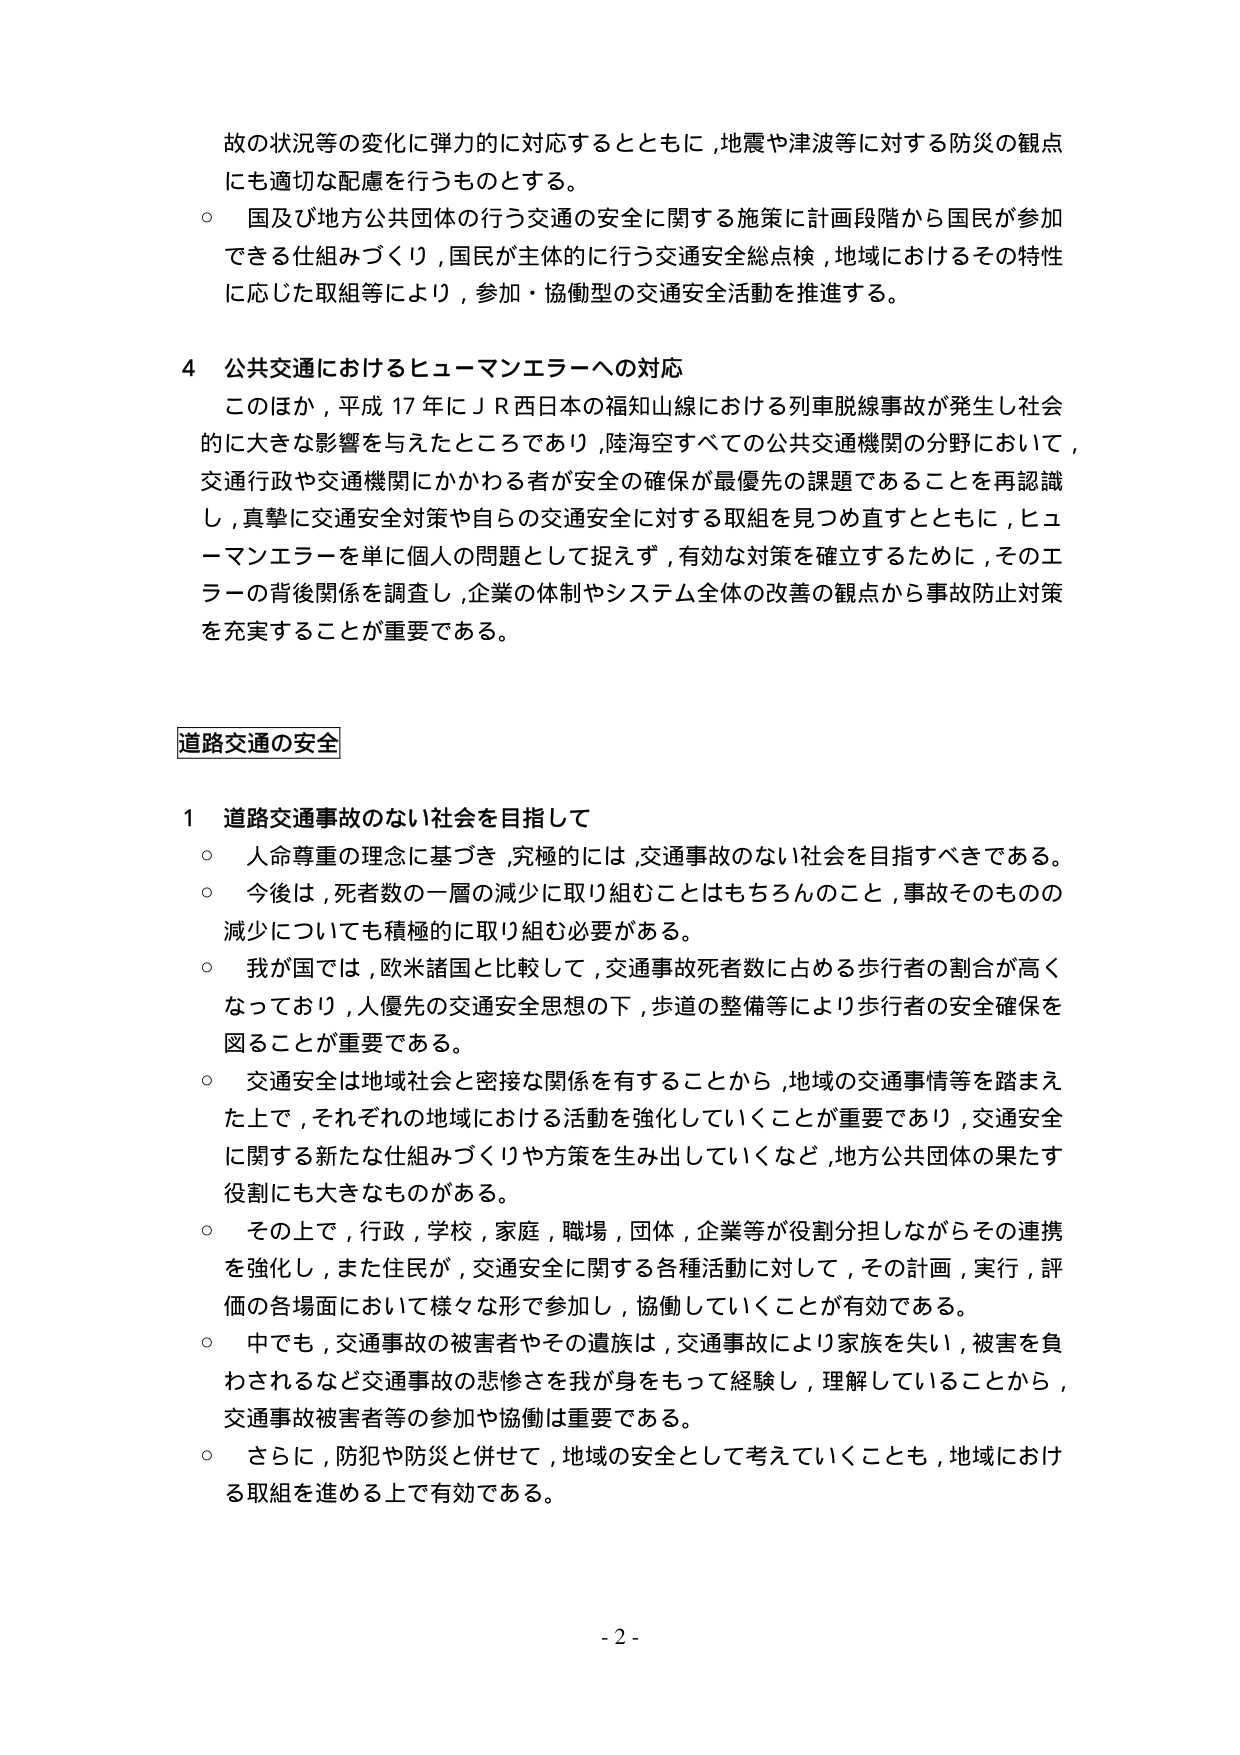
故の状況等の変化に弾力的に対応するとともに，地震や津波等に対する防災の観点にも適切な配慮を行うものとする。

○ 国及び地方公共団体の行う交通の安全に関する施策に計画段階から国民が参加できる仕組みづくり，国民が主体的に行う交通安全総点検，地域におけるその特性に応じた取組等により，参加・協働型の交通安全活動を推進する。

4 公共交通におけるヒューマンエラーへの対応

このほか，平成17年にＪＲ西日本の福知山線における列車脱線事故が発生し社会的に大きな影響を与えたところであり，陸海空すべての公共交通機関の分野において，交通行政や交通機関にかかわる者が安全の確保が最優先の課題であることを再認識し，真摯に交通安全対策や自らの交通安全に対する取組を見つめ直すとともに，ヒューマンエラーを単に個人の問題として捉えず，有効な対策を確立するために，そのエラーの背後関係を調査し，企業の体制やシステム全体の改善の観点から事故防止対策を充実することが重要である。

道路交通の安全

1 道路交通事故のない社会を目指して

○ 人命尊重の理念に基づき，究極的には，交通事故のない社会を目指すべきである。

○ 今後は，死者数の一層の減少に取り組むことはもちろんのこと，事故そのものの減少についても積極的に取り組む必要がある。

○ 我が国では，欧米諸国と比較して，交通事故死者数に占める歩行者の割合が高くなっており，人優先の交通安全思想の下，歩道の整備等により歩行者の安全確保を図ることが重要である。

○ 交通安全は地域社会と密接な関係を有することから，地域の交通事情等を踏まえた上で，それぞれの地域における活動を強化していくことが重要であり，交通安全に関する新たな仕組みづくりや方策を生み出していくなど，地方公共団体の果たす役割にも大きなものがある。

○ その上で，行政，学校，家庭，職場，団体，企業等が役割分担しながらその連携を強化し，また住民が，交通安全に関する各種活動に対して，その計画，実行，評価の各場面において様々な形で参加し，協働していくことが有効である。

○ 中でも，交通事故の被害者やその遺族は，交通事故により家族を失い，被害を負わされるなど交通事故の悲惨さを我が身をもって経験し，理解していることから，交通事故被害者等の参加や協働は重要である。

○ さらに，防犯や防災と併せて，地域の安全として考えていくことも，地域における取組を進める上で有効である。

- 2 -